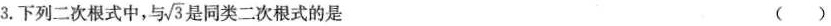
3.下列二次根式中，与 \sqrt{3} 是同类二次根式的是 ()